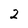
Character: 2